Report on vaccination in Madras 1877-1894 - 1877-1894
Year: 1877
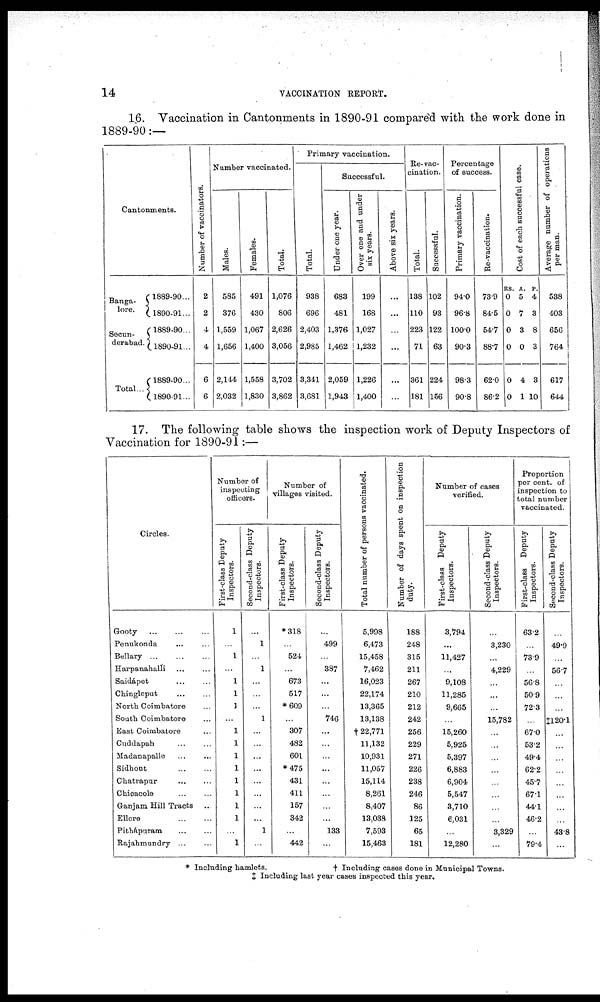
14
VACCINATION REPORT.
16. Vaccination in Cantonments in 1890-91 compared with the work done in
1889-90:—
Cantonments.
Banga¬
lore.
Secun¬
derabad.
Total...
1889-90...
1890-91...
1889-90...
1890-91 ...
1889-90...
1890-91...
Number of vaccinators.
2
2
4
4
6
6
Number vaccinated.
Males.
585
376
1,559
1,656
2,144
2,032
Females.
491
430
1,067
1,400
1,558
1,830
Total.
1,076
806
2,626
3,056
3,702
3,862
Primary vaccination.
Total.
938
696
2,403
2,985
3,341
3,681
Successful.
Under one year.
683
481
1,376
1,462
2,059
1,943
Over one and under
six years.
199
168
1,027
1,232
1,226
1,400
Above six years.
...
...
...
...
...
...
Re-vac¬
cination.
Total.
138
110
223
71
361
181
Successful.
102
93
122
63
224
156
Percentage
of success.
Primary vaccination.
94.0
96.8
100.0
90.3
98.3
90.8
Re-vaccination.
73.9
84.5
54.7
88.7
62.0
86.2
Cost of each successful case.
RS.
0
0
0
0
0
0
A.
5
7
3
0
4
1
P.
4
3
8
3
3
10
Average number of operations
per man.
538
403
656
764
617
644
17. The following table shows the inspection work of Deputy Inspectors of
Vaccination for 1890-91:—
Circles.
Gooty ... ... ...
Penukonda ... ...
Bellary
...
...
...
Harpanahalli ... ...
Saidápet ... ...
Chingleput
...
...
North Coimbatore
South Coimbatore ...
East Coimbatore ...
Cuddapah ... ...
Madanapalle ... ...
Sidhout
...
...
Chatrapur ... ...
Chicacole ... ...
Ganjam Hill Tracts ...
Ellore
...
...
Pithapuram
...
...
Rajahmundry ... ...
Number of
inspecting
officers.
First-class Deputy
Inspectors.
...
...
...
...
...
...
...
...
...
...
...
...
...
...
...
...
...
1
Second-class Deputy
Inspectors.
...
1
...
1
...
...
...
1
...
...
...
...
...
...
...
...
1
...
Number of
villages visited.
First-class Deputy
Inspectors.
*318
...
524
...
673
517
*609
...
307
482
601
*475
431
411
157
342
...
442
Second-class Deputy
Inspectors.
...
499
...
387
...
...
746
...
...
...
...
...
...
...
...
133
...
Total number of persons vaccinated.
5,998
6,473
15,458
7,462
16,023
22,174
13,365
13,138
† 22,771
11,132
10,931
11,057
15,114
8,261
8,407
13,038
7,593
15,463
Number of days spent on inspection
duty.
188
248
315
211
267
210
212
242
256
229
271
226
238
246
86
125
65
181
Number of cases
verified.
First-class Deputy
Inspectors.
3,794
...
11,427
...
9,108
11,285
9,665
...
15,260
5,925
5,397
6,883
6,904
5,547
3,710
6,031
...
12,280
Second-class Deputy
Inspectors.
...
3,230
...
4,229
...
...
...
15,782
...
...
...
...
...
...
...
...
3,329
...
Proportion
per cent. of
inspection to
total number
vaccinated.
First-class Deputy
Inspectors.
63.2
...
73.9
...
56.8
50.9
72.3
...
67.0
53.2
49.4
62.2
45.7
67.1
44.1
46.2
...
79.4
Second-class Deputy
Inspectors.
...
49.9
...
56.7
...
...
...
‡120.1
...
...
...
...
...
...
...
...
43.8
...
* Including hamlets.
† Including cases done in Municipal Towns.
‡ Including last year cases inspected this year.